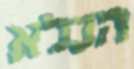
הכלא